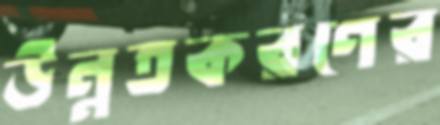
উন্নতকরণের